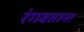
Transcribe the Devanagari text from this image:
रंगवताना